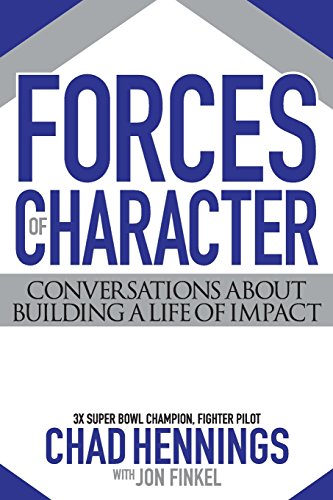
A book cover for Forces of Character: Conversations About Building A Life Of Impact; Chad Hennings; Politics & Social Sciences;